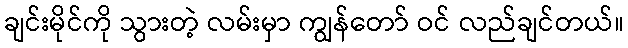
ချင်းမိုင်ကို သွားတဲ့ လမ်းမှာ ကျွန်တော် ဝင် လည်ချင်တယ်။